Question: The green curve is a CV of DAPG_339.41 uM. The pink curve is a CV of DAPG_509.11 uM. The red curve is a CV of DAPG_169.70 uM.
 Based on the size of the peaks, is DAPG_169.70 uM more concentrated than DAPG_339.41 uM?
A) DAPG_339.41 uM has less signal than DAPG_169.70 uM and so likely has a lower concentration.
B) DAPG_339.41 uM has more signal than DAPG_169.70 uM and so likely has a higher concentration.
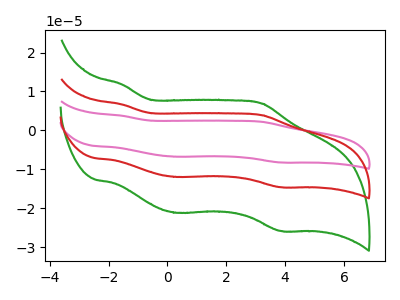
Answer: <think>The green curve "DAPG_339.41 uM" has anodic peaks at (-1.55V, 11.80uA) (3.20V, 6.90uA) and cathodic peaks at (0.30V, -21.15uA) (3.85V, -25.85uA). The pink curve "DAPG_509.11 uM" has anodic peaks at (-1.55V, 13.35uA) (3.20V, 7.80uA) and cathodic peaks at (0.30V, -23.90uA) (3.85V, -29.20uA). The red curve "DAPG_169.70 uM" has anodic peaks at (-1.55V, 6.65uA) (3.20V, 3.90uA) and cathodic peaks at (0.30V, -11.95uA) (3.85V, -14.60uA).
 All the peaks in "DAPG_339.41 uM" have a peak in "DAPG_169.70 uM" at the same potential. Every peak in "DAPG_339.41 uM" is higher than every peak in "DAPG_169.70 uM".</think>
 <answer>B) "DAPG_339.41 uM" has more signal than "DAPG_169.70 uM" and so likely has a higher concentration.</answer>
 <eval>B</eval>